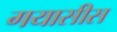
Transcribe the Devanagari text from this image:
गयासीस